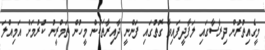
މީގެއިތުރުން ދިރާސާގައި ލަފާދީފައިވާ ގޮތުގައި ފަންނީ ދާއިރާތަކުން މީހުން ތަމްރީނު ކުރުމަށް އަމިއްލަ